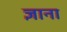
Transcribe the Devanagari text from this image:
ज्ञाना